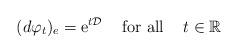
LaTeX: \begin{align*}(d\varphi_t)_e=\mathrm{e}^{t\mathcal{D}} \;\;\;\mbox{ for all }\;\;\; t\in\mathbb{R}\end{align*}